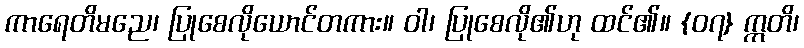
ကာရေတိမညေ၊ ပြုစေလိုယောင်တကား။ ဝါ၊ ပြုစေလို၏ဟု ထင်၏။ {၀၇} ဣတိ၊